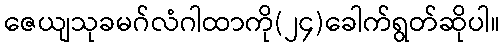
ဇေယျသုခမဂ်လံဂါထာကို(၂၄)ခေါက်ရွတ်ဆိုပါ။